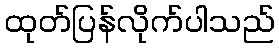
ထုတ်ပြန်လိုက်ပါသည်